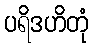
ပရိဒဟိတုံ